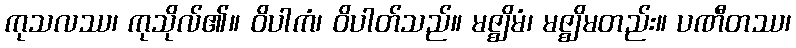
ကုသလဿ၊ ကုသိုလ်၏။ ဝိပါကံ၊ ဝိပါတ်သည်။ မဇ္ဈိမံ၊ မဇ္ဈိမတည်း။ ပဏီတဿ၊